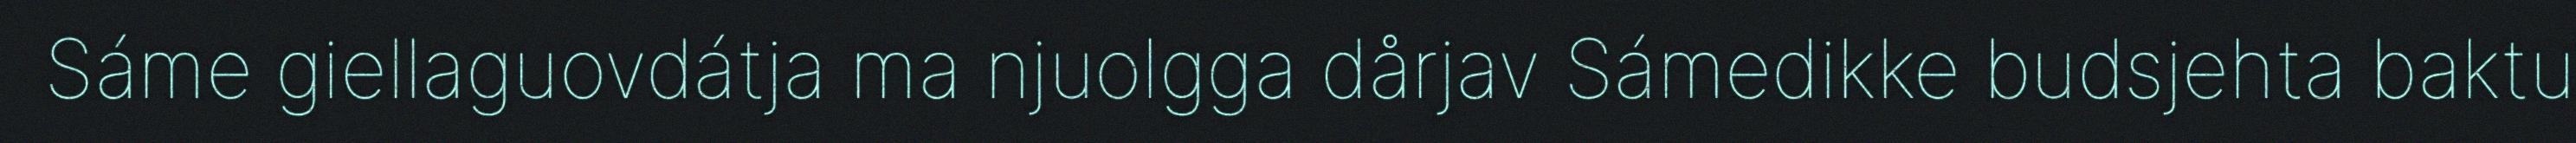
Sáme giellaguovdátja ma njuolgga dårjav Sámedikke budsjehta baktu